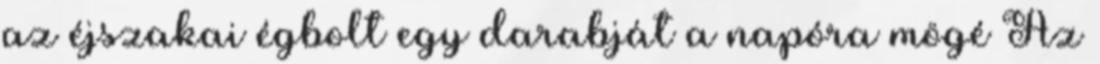
az éjszakai égbolt egy darabját a napóra mögé Az